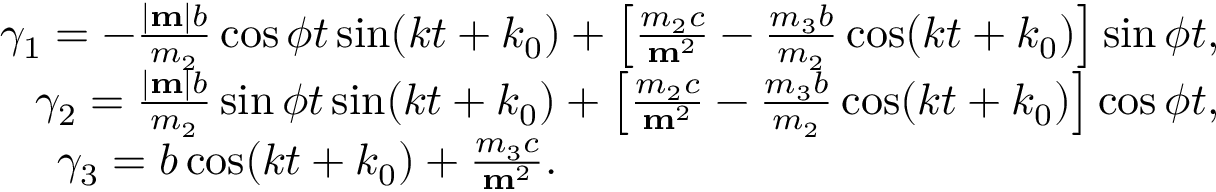
\begin{array} { r } { \gamma _ { 1 } = - \frac { | { \bf m } | b } { m _ { 2 } } \cos \phi t \sin ( k t + k _ { 0 } ) + \left[ \frac { m _ { 2 } c } { { \bf m } ^ { 2 } } - \frac { m _ { 3 } b } { m _ { 2 } } \cos ( k t + k _ { 0 } ) \right] \sin \phi t , } \\ { \gamma _ { 2 } = \frac { | { \bf m } | b } { m _ { 2 } } \sin \phi t \sin ( k t + k _ { 0 } ) + \left[ \frac { m _ { 2 } c } { { \bf m } ^ { 2 } } - \frac { m _ { 3 } b } { m _ { 2 } } \cos ( k t + k _ { 0 } ) \right] \cos \phi t , } \\ { \gamma _ { 3 } = b \cos ( k t + k _ { 0 } ) + \frac { m _ { 3 } c } { { \bf m } ^ { 2 } } . \qquad \qquad \qquad \qquad \qquad \qquad \qquad \quad } \end{array}